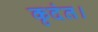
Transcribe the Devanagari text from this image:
कृदंत।